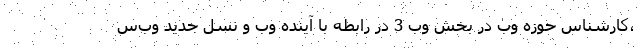
،کارشناس حوزه وب در بخش وب 3 در رابطه با آینده وب و نسل جدید وب‌س